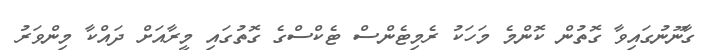
ގާނޫނުގައިވާ ގޮތުން ކޮންމެ މަހަކު ރެމިޓެންސް ޓެކްސްގެ ގޮތުގައި މީރާއަށް ދައްކާ މިންވަރު